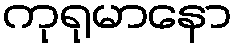
ကုရုမာနော